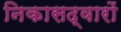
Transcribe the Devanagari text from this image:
निकासद्वारों